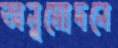
অনুমোদনে